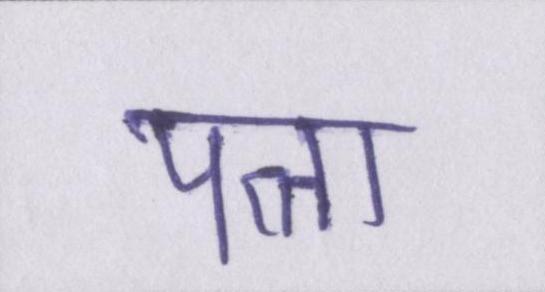
पत्ता